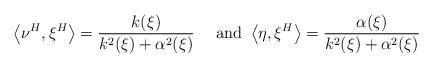
LaTeX: \begin{align*}\left\langle \nu^H, \xi^H\right\rangle = \frac{k(\xi)}{k^2(\xi)+\alpha^2(\xi)} \quad\mbox{ and }\left\langle \eta, \xi^H\right\rangle = \frac{\alpha(\xi)}{k^2(\xi)+\alpha^2(\xi)}\end{align*}